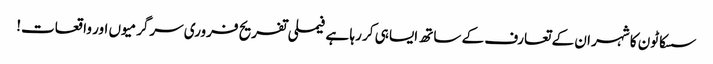
سسکاٹون کا شہر ان کے تعارف کے ساتھ ایسا ہی کر رہا ہے فیملی تفریح ​​فروری سرگرمیوں اور واقعات!